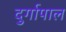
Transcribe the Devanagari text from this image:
दुर्गापाल